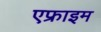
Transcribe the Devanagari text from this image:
एफ्राइम